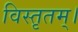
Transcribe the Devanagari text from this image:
विस्तृतम्।